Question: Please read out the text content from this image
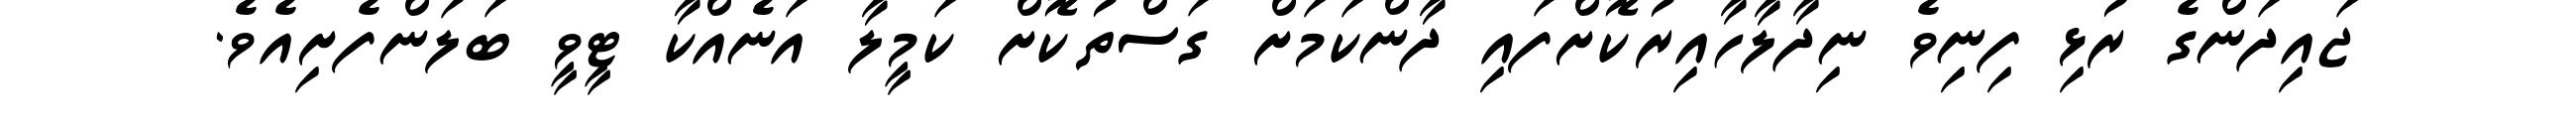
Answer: ޖައިދަންގެ ރުޅި ފިނިވެ ނިދާލާހާއިރުކޮށްފައި ދާންކަމަށް ގަސްތުކޮށް ކަމީލާ އަނެއްކާ ޓީވީ ބަލަންފެށިއެވެ.